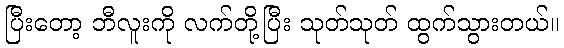
ပြီးတော့ ဘီလူးကို လက်တို့ပြီး သုတ်သုတ် ထွက်သွားတယ်။